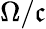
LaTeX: \Omega/\mathfrak{c}